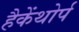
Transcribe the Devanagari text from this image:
हैकेंथोर्प